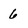
Character: 6